Vaccine operations Central Provinces 1886-1899 - 1886-1899
Year: 1886
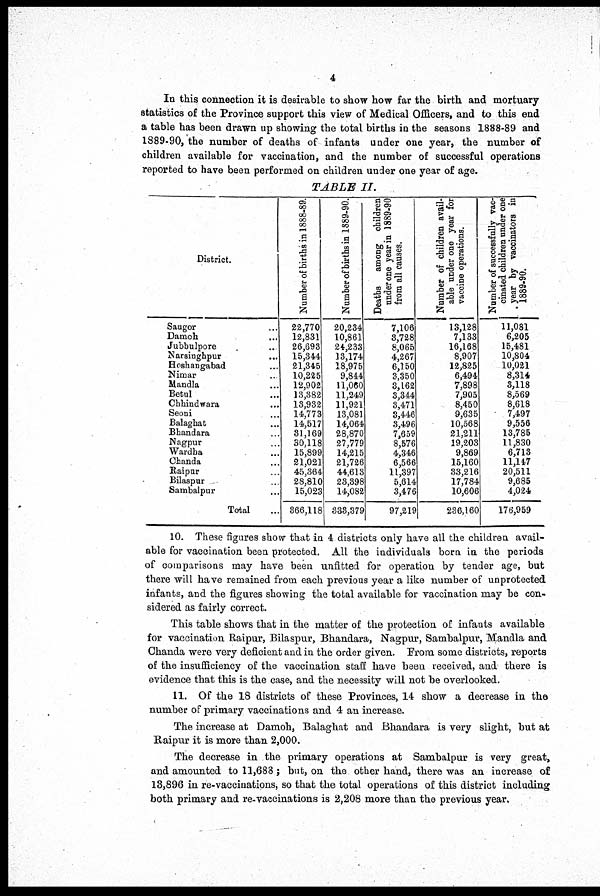
4
In this connection it is desirable to show how far the birth and mortuary
statistics of the Province support this view of Medical Officers, and to this end
a table has been drawn up showing the total births in the seasons 1888-89 and
1889-90, the number of deaths of infants under one year, the number of
children available for vaccination, and the number of successful operations
reported to have been performed on children under one year of age.
TABLE II.
District.
Saugor ...
Damoh ...
Jubbulpore ...
Narsinghpur ...
Hoshangabad ...
Nimar ...
Mandla ...
Betul ...
Chhindwara
Seoni ...
Balaghat ...
Bhandara ...
Nagpur ...
Wardha ...
Chanda ...
Raipur ...
Bilaspur ...
Sambalpur ...
Total
Number of births in 1888-89.
22,770
12,831
26,698
15,344
21,345
10,225
12,902
13,382
13,932
14,773
14,517
31,169
30,118
15,899
21,021
45,364
28,810
15,023
366,118
Number of births in 1889-90.
20,234
10,861
24,233
13,174
18,975
9,844
11,060
11,249
11,921
13,081
14,064
28,870
27,779
14,215
21,726
44,613
23,398
14,082
333,379
Deaths
among children
under one year in 1889-90
from all causes.
7,106
3,728
8,065
4,267
6,150
3,350
3,162
3,344
3,471
3,446
3,496
7,659
8,576
4,346
6,566
11,397
5,614
3,476
97,219
Number of children avail-
able under one year for
vaccine operations.
13,128
7,133
16,168
8,907
12,825
6,494
7,898
7,905
8,450
9,635
10,568
21,211
19,203
9,869
15,160
33,216
17,784
10,606
236,160
Number of successfully vac-
cinated children under one
year by vaccinators in
1889-90.
11,081
6,205
15,481
10,804
10,021
8,314
3,118
8,569
8,618
7,497
9,556
13,785
11,830
6,713
11,147
20,511
9,685
4,024
176,959
10. These figures show that in 4 districts only have all the children avail-
able for vaccination been protected. All the individuals born in the periods
of comparisons may have been unfitted for operation by tender age, but
there will have remained from each previous year a like number of unprotected
infants, and the figures showing the total available for vaccination may be con-
sidered as fairly correct.
This table shows that in the matter of the protection of infants available
for vaccination Raipur, Bilaspur, Bhandara, Nagpur, Sambalpur, Mandla and
Chanda were very deficient and in the order given. From some districts, reports
of the insufficiency of the vaccination staff have been received, and there is
evidence that this is the case, and the necessity will not be overlooked.
11. Of the 18 districts of these Provinces, 14 show a decrease in the
number of primary vaccinations and 4 an increase.
The increase at Damoh, Balaghat and Bhandara is very slight, but at
Raipur it is more than 2,000.
The decrease in the primary operations at Sambalpur is very great,
and amounted to 11,688; but, on the other hand, there was an increase of
13,896 in re-vaccinations, so that the total operations of this district including
both primary and re-vaccinations is 2,208 more than the previous year.